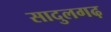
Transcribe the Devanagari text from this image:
सादुलगढ़